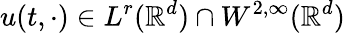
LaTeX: u(t,\cdot)\in L^{r}(\mathbb{R}^{d})\cap W^{2,\infty}(\mathbb{R}^{d})